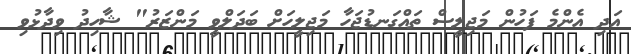
އަދި އެންމެ ފަހުން މަޖިލީސް ތައްގަނޑުޖަހާ މަޖިލީހަށް ބަދަލްވީ މަންޒަރު" ޝާހިދު ވިދާޅުވި